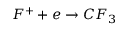
F ^ { + } + e \rightarrow C F _ { 3 }